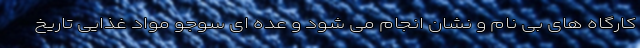
کارگاه های بی نام و نشان انجام می شود و عده ای سوجو مواد غذایی تاریخ